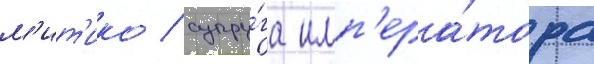
м'ит'ико / супру́га имп'ера́тора